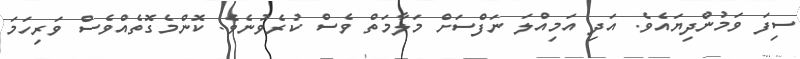
ސިފަ ވަމުންދިޔައެވެ. އަދި އަމިއްލަ ނަފްސަށް މަލާމަތް ވެސް ކުރެވުނެވެ. ކޮންމެގޮތެއްވެސް ވަރިހަމަ